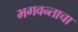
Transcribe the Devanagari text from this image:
भगवन्ताचा